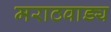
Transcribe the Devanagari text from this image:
मराठवाड्य